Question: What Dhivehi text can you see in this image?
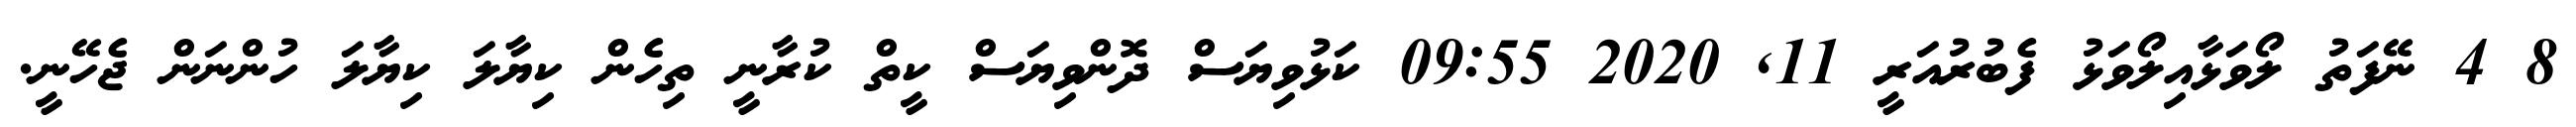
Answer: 8 4 ނޭފަތު ލޯވަޅާއިލޯވަޅު ފެބުރުއަރީ 11, 2020 09:55 ކަޅުވިޔަސް ދޮންވިޔަސް ކީތް ކުރާނީ ތިހެން ކިޔާލަ ކިޔާލަ ހުންނަން ޖެހޭނީ.